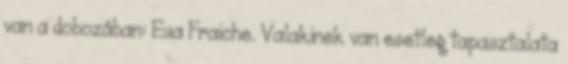
van a dobozában: Eua Fraiche. Valakinek van esetleg tapasztalata